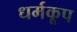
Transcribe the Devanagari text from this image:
धर्मकूप